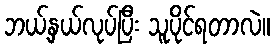
ဘယ့်နှယ်လုပ်ပြီး သူပိုင်ရတာလဲ။